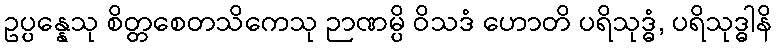
ဥပ္ပန္နေသု စိတ္တစေတသိကေသု ဉာဏမ္ပိ ဝိသဒံ ဟောတိ ပရိသုဒ္ဓံ, ပရိသုဒ္ဓါနိ